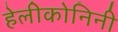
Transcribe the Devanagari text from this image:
हेलीकोनिनी